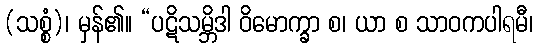
(သစ္စံ)၊ မှန်၏။ “ပဋိသမ္ဘိဒါ ဝိမောက္ခာ စ၊ ယာ စ သာဝကပါရမီ၊